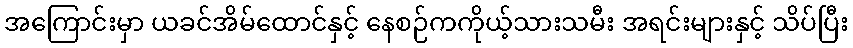
အကြောင်းမှာ ယခင်အိမ်ထောင်နှင့် နေစဉ်ကကိုယ့်သားသမီး အရင်းများနှင့် သိပ်ပြီး